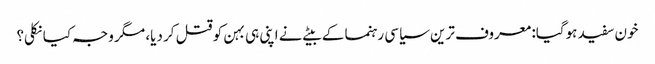
خون سفید ہوگیا: معروف ترین سیاسی رہنما کے بیٹے نے اپنی ہی بہن کو قتل کر دیا، مگر وجہ کیا نکلی؟